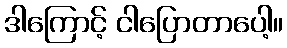
ဒါကြောင့် ငါပြောတာပေါ့။